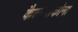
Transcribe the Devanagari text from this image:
कैलाशकोना